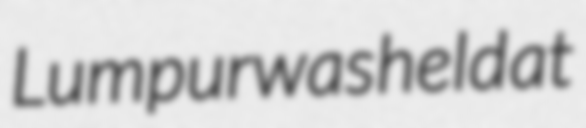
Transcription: Lumpur was held at